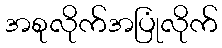
အစုလိုက်အပြုံလိုက်